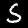
Label: 5